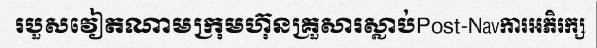
របួសវៀតណាមក្រុមហ៊ុនគ្រួសារស្លាប់Post-Navការអភិរក្ស